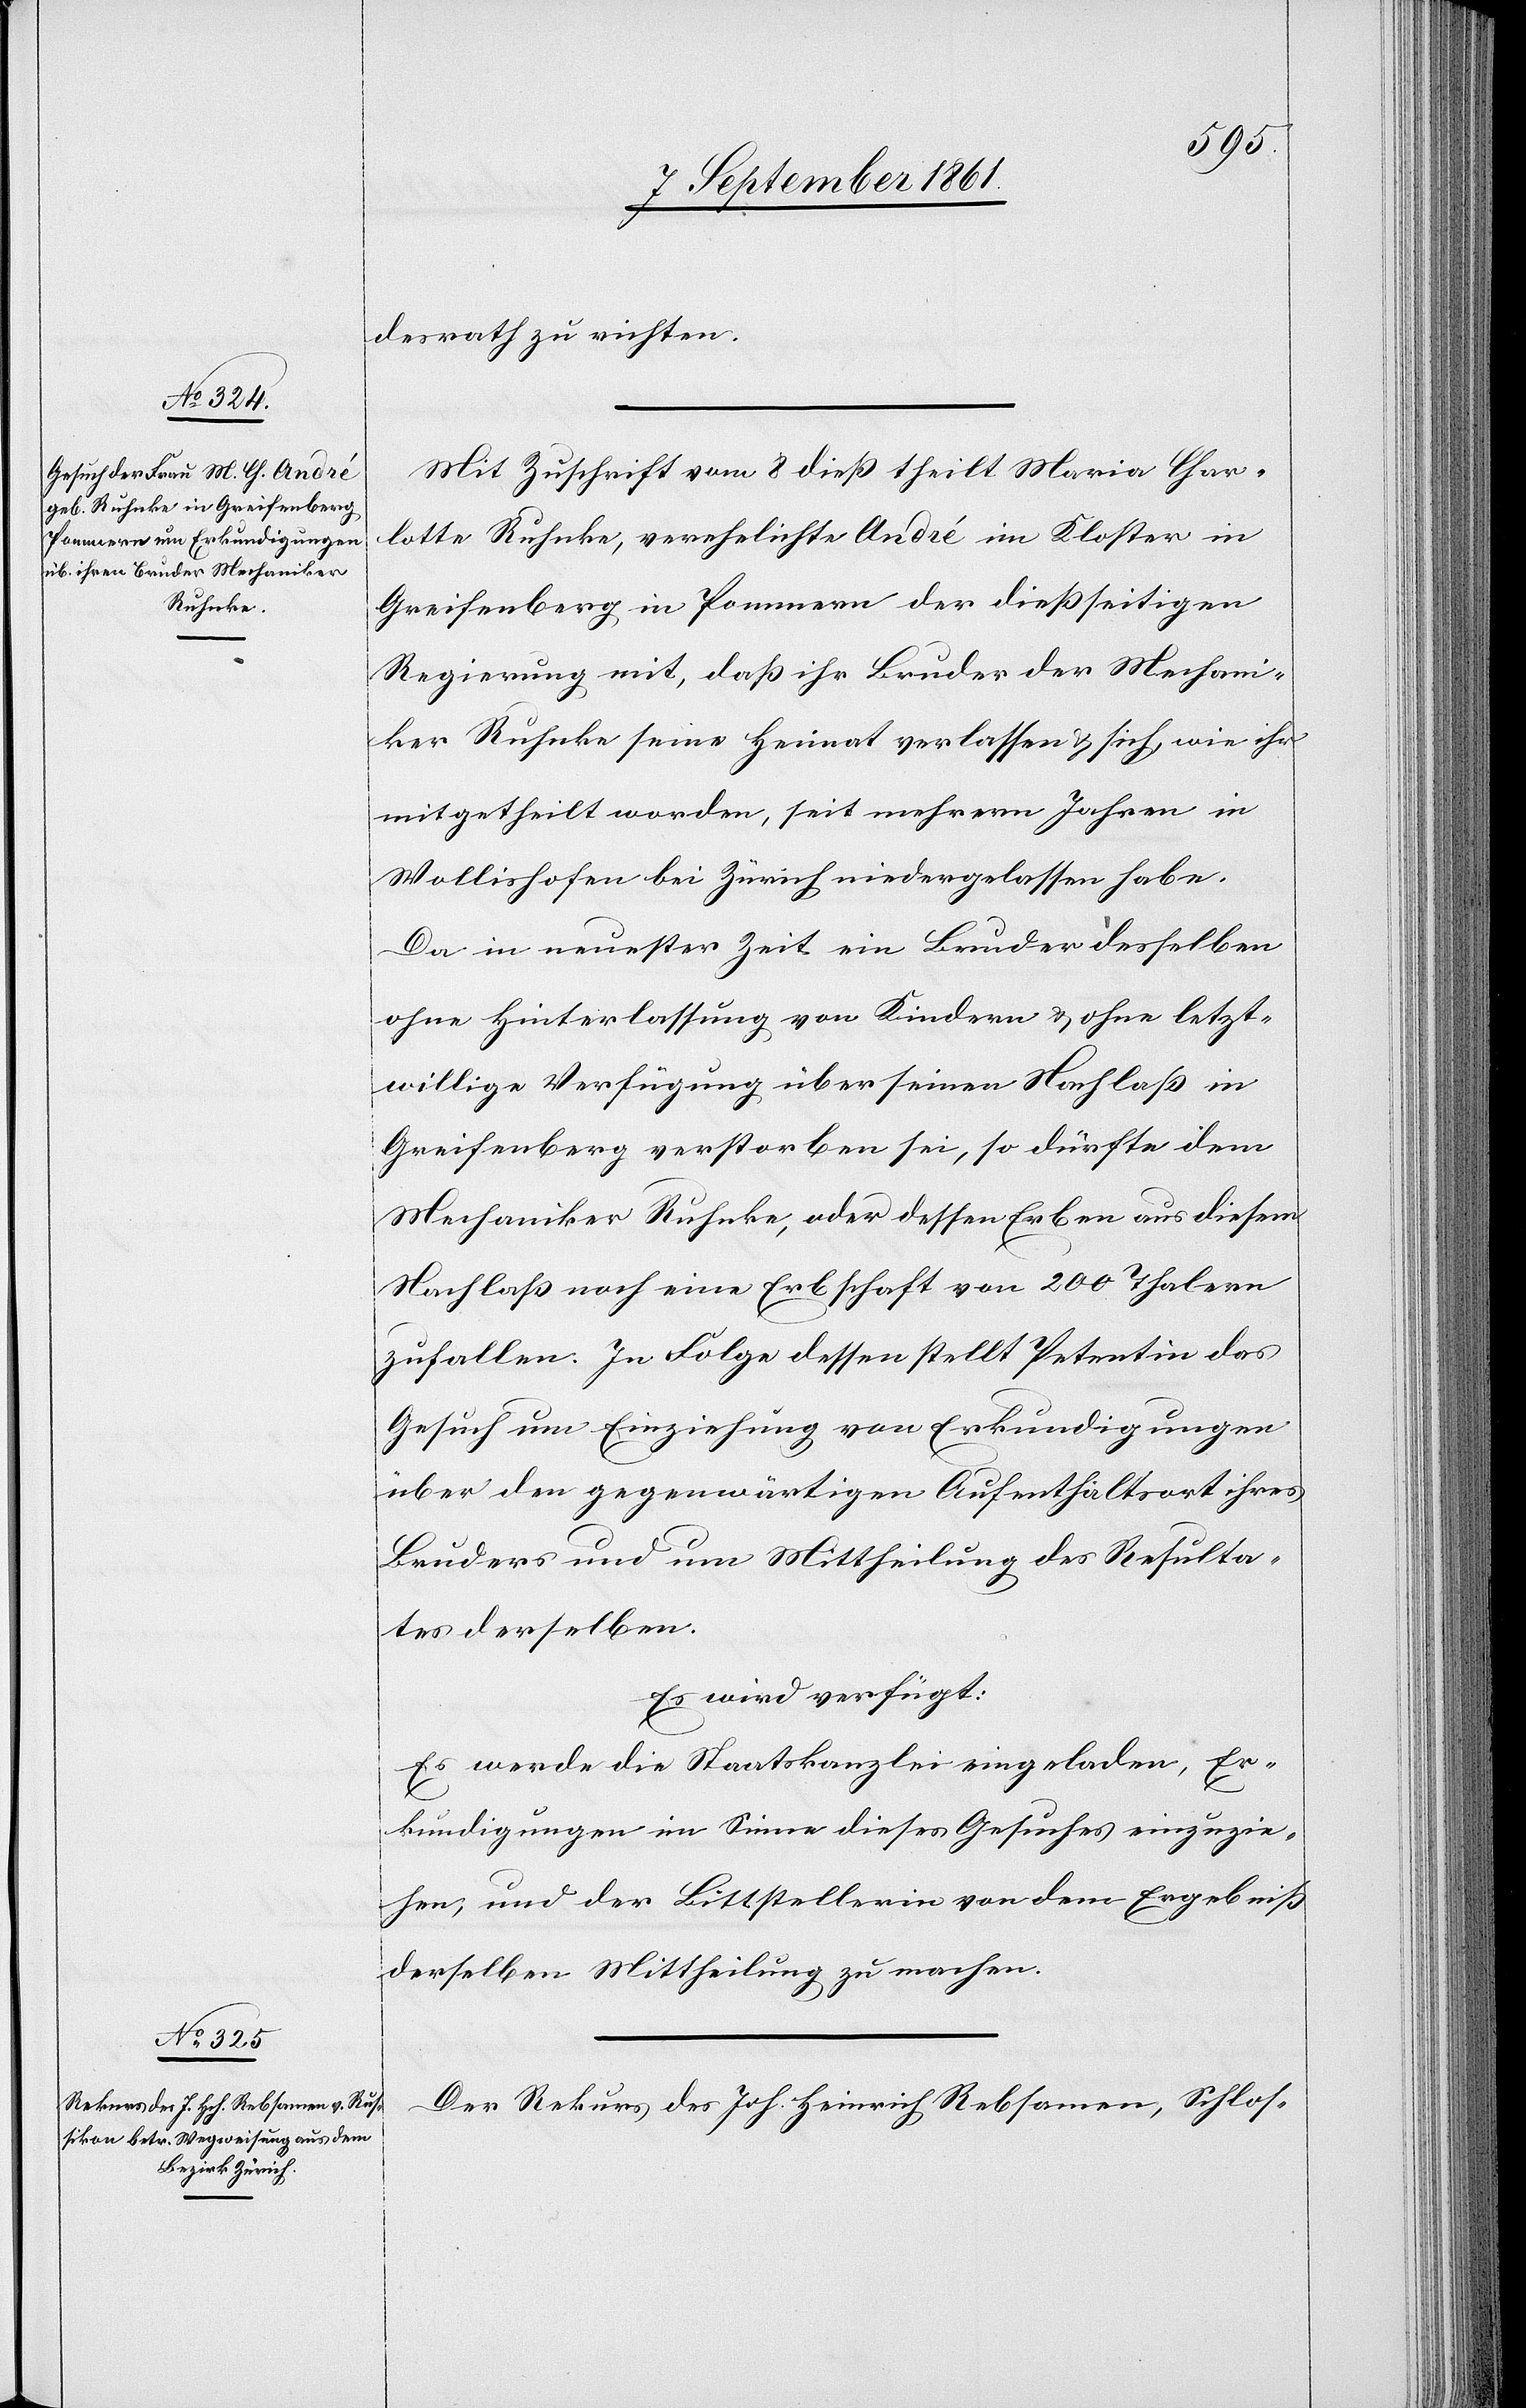
12 September 1861.]
desrath zu richten.
Mit Zuschrift vom 8 dieß theilt Maria Char¬
lotte Ruhnke, verehelichte André im Kloster in
Greifenberg in Pommern der dießseitigen
Regierung mit, daß ihr Bruder der Mechani¬
ker Ruhenke seine Heimat verlassen u. sich wie ihr
mitgetheilt worden, seit mehreren Jahren in
Wollishofen bei Zürich niedergelassen habe.
Da in neuester Zeit ein Bruder desselben
ohne Hinterlassung von Kindern u. ohne letzt¬
willige Verfügung über einen Nachlaß in
Greifenberg verstorben sei, so dürfte dem
Mechaniker Ruhenke, oder dessen Erben aus diesem
Nachlaß noch eine Erbschaft von 200 Thalern
zufallen. In Folge dessen stellt Petentin das
Gesuch um Einziehung von Erkundigungen
über den gegenwärtigen Aufenthaltsort ihres
Bruders und um Mittheilung des Resulta¬
tes derselben.
Es wird verfügt:
Es werde die Staatskanzlei eingeladen, Er¬
kundigungen im Sinne dieses Gesuches einzuzie¬
hen, und der Bittstellerin von dem Ergebniß
derselben Mittheilung zu machen.
Der Rekurs des Joh. Heinrich Rebsamen, Schlos-